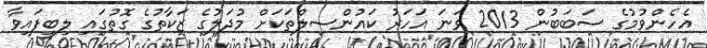
އެހެންވުމުގެ ސަބަބުން 2013 ވަނަ އަހަރު ކައުންސިލްތަކަށް މުދަލުގެ ޒަކާތުގެ ގޮތުގައި ލިބިފައިވާ